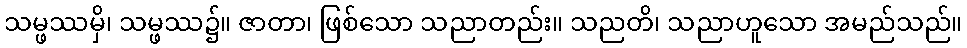
သမ္ဖဿမှိ၊ သမ္ဖဿ၌။ ဇာတာ၊ ဖြစ်သော သညာတည်း။ သညတိ၊ သညာဟူသော အမည်သည်။